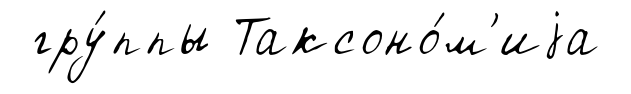
гру́ппы Таксоно́м'иjа